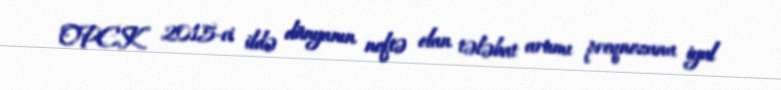
OPEK 2015-ci ildə dünyanın neftə olan tələbat artımı proqnozunu iyul